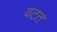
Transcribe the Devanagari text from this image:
वटत